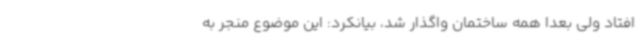
افتاد ولی بعداً همه ساختمان واگذار شد، بیانکرد: این موضوع منجر به